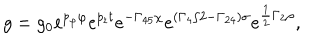
\displaystyle { g = g _ { 0 } e ^ { p _ { \varphi } \varphi } e ^ { p _ { t } t } e ^ { - \Gamma _ { 4 5 } \chi } e ^ { ( \Gamma _ { 4 } / 2 - \Gamma _ { 2 4 } ) \sigma } e ^ { \frac { 1 } { 2 } \Gamma _ { 2 } \rho } } ,